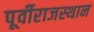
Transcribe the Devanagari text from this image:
पूर्वीराजस्थान